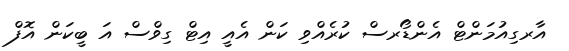
އާރގިއުމަންޓް އެންޑޯރސް ކުރެއްވި ކަން އެއީ އިޓް ގިވްސް އަ ބީކަން އޮފް